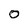
Character: o